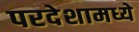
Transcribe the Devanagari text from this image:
परदेशामध्ये